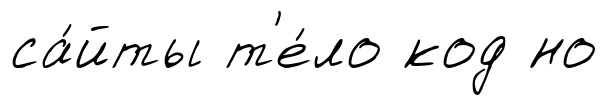
са́йты т'е́ло код но